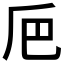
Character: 𠂬